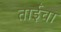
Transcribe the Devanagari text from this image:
ताईंचा